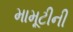
મામૂટીની